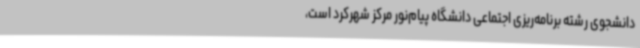
دانشجوی رشته برنامه‌ریزی اجتماعی دانشگاه پیام‌نور مرکز شهرکرد است،